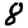
Digit: 8